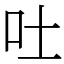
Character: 吐